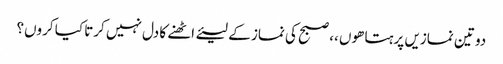
دو تین نمازیں پرہتا ھوں ،، صبح کی نماز کے لیئے اٹھنے کا دل نہیں کرتا کیا کروں؟